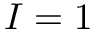
I = 1